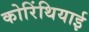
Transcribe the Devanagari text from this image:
कोरिंथियाई